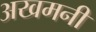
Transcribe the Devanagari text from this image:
अखमनी